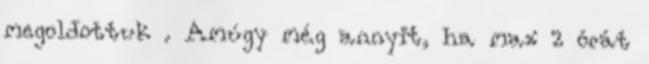
megoldottuk . Amúgy még annyit, ha max 2 órát